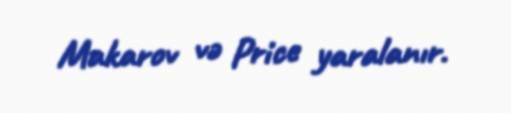
Makarov və Price yaralanır.